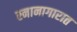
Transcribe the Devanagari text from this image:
स्नानागारात